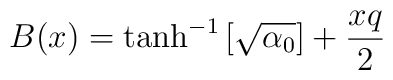
B(x) = \tanh^{-1} \left[ \sqrt{\alpha_0} \right] +{x q\over{2}}